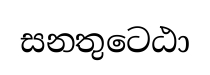
සනතුටෙඨා